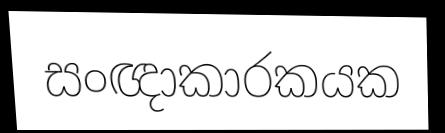
සංඥාකාරකයක